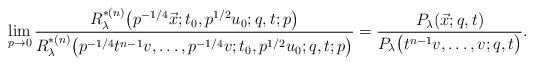
LaTeX: \begin{gather*}\lim_{p\to 0}\frac{R^{*(n)}_\lambda\big(p^{-1/4}\vec{x};t_0,p^{1/2}u_0;q,t;p\big)} {R^{*(n)}_\lambda\big(p^{-1/4}t^{n-1}v,\dots,p^{-1/4}v;t_0,p^{1/2}u_0;q,t;p\big)}=\frac{P_\lambda(\vec{x};q,t)} {P_\lambda\big(t^{n-1}v,\dots,v;q,t\big)}.\end{gather*}